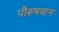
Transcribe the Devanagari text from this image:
पौरूषवान